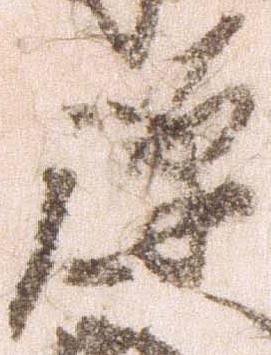
弾